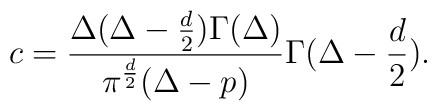
c={\Delta (\Delta-{d\over 2})\Gamma(\Delta) \over    \pi^{d\over 2} (\Delta-p)}\Gamma(\Delta -{d\over 2}).